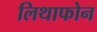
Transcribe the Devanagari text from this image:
लिथाफोन